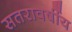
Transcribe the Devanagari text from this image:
सतरावर्षीय